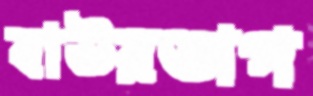
বাউরভাগ